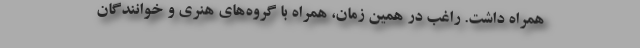
همراه داشت. راغب در همین زمان، همراه با گروه‌های هنری و خوانندگان